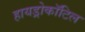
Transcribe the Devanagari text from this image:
हायड्रोकॉटिल